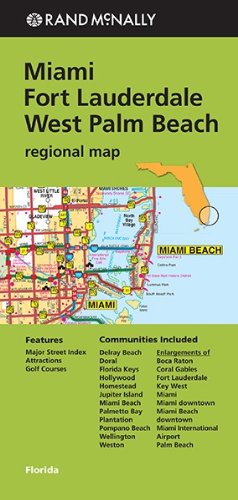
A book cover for Rand McNally Folded Map: Miami, Fort Lauderdale, and West Palm Beach Regional Map (Rand McNally Miami/Fort Lauderdale/West Palm Beach); Rand McNally; Travel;